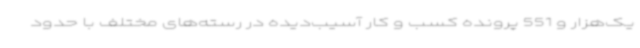
یک‌هزار و 551 پرونده کسب‌ و کار آسیب‌دیده در رسته‌های مختلف با حدود